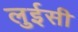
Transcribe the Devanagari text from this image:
लुईसी